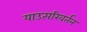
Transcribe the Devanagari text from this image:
याउत्परिवर्तन